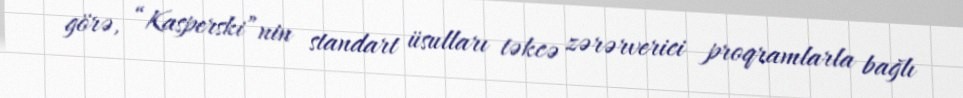
görə, “Kasperski”nin standart üsulları təkcə zərərverici proqramlarla bağlı